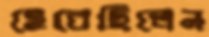
হেরেছিলেন